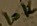
Text: 10K